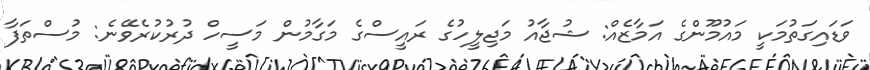
ވަޑައިގަތުމަކީ މައުމޫންގެ އަމާޒެއް: ޝުޖާއު މަޖިލީހުގެ ރައީސްގެ މަގާމުން މަސީހް ދުރުކުރެވޭނެ: މުސްތަފާ